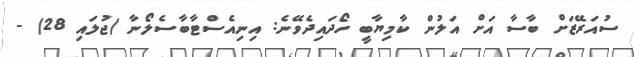
ސުއަރޭޒަށް ބާސާ އަށް އަލުން ކާމިޔާބީ ހޯދައިދެވޭނެ: އިނިއެސްޓާބާސެލޯނާ (ޖުލައި 28) -